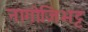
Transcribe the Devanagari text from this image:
नागोजिभट्ट